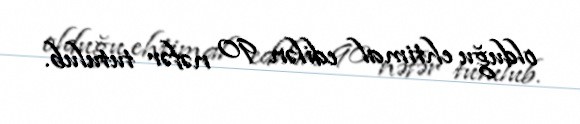
olduğu ehtimal edilən 90 nəfər tutulub.